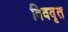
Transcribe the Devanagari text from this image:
विववृत